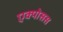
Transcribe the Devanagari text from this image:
एक्पोसस